Cultivation of the bacillus of leprosy and the treatment of cases by means of a vaccine prepared from the cultivations - Number 42
Disease focus: Leprosy
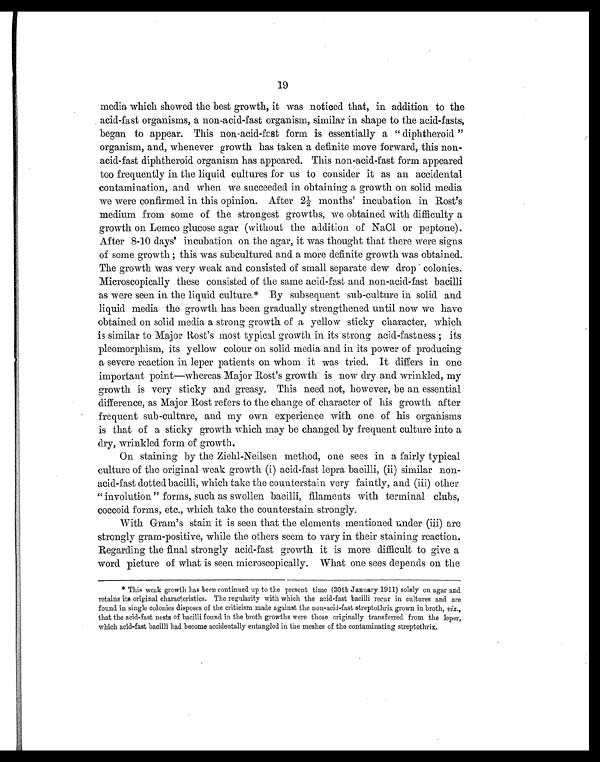
19
media which showed the best growth, it was noticed that, in addition to the
acid-fast organisms, a non-acid-fast organism, similar in shape to the acid-fasts,
began to appear. This non-acid-fast form is essentially a " diphtheroid "
organism, and, whenever growth has taken a definite move forward, this non-
acid-fast diphtheroid organism has appeared. This non-acid-fast form appeared
too frequently in the liquid cultures for us to consider it as an accidental
contamination, and when we succeeded in obtaining a growth on solid media
we were confirmed in this opinion. After 2½ months' incubation in Rost's
medium from some of the strongest growths, we obtained with difficulty a
growth on Lemco glucose agar (without the addition of NaCl or peptone).
After 8-10 days' incubation on the agar, it was thought that there were signs
of some growth ; this was subcultured and a more definite growth was obtained.
The growth was very weak and consisted of small separate dew drop colonies.
Microscopically these consisted of the same acid-fast and non-acid-fast bacilli
as were seen in the liquid culture.* By subsequent sub-culture in solid and
liquid media the growth has been gradually strengthened until now we have
obtained on solid media a strong growth of a yellow sticky character, which
is similar to Major Rost's most typical growth in its strong acid-fastness ; its
pleomorphism, its yellow colour on solid media and in its power of producing
a severe reaction in leper patients on whom it was tried. It differs in one
important point—whereas Major Rost's growth is now dry and wrinkled, my
growth is very sticky and greasy. This need not, however, be an essential
difference, as Major Rost refers to the change of character of his growth after
frequent sub-culture, and my own experience with one of his organisms
is that of a sticky growth which may be changed by frequent culture into a
dry, wrinkled form of growth.
On staining by the Ziehl-Neilsen method, one sees in a fairly typical
culture of the original weak growth (i) acid-fast lepra bacilli, (ii) similar non-
-acid-fast dotted bacilli, which take the counterstain very faintly, and (iii) other
" involution" forms, such as swollen bacilli, filaments with terminal clubs,
coccoid forms, etc., which take the counterstain strongly.
With Gram's stain it is seen that the elements mentioned under (iii) are
strongly gram-positive, while the others seem to vary in their staining reaction.
Regarding the final strongly acid-fast growth it is more difficult to give a
word picture of what is seen microscopically. What one sees depends on the
* This weak growth has been continued up to the present time (30th January 1911) solely on agar and
retains its original characteristics. The regularity with which the acid-fast bacilli recur in cultures and are
found in single colonies disposes of the criticism made against the non-acid-fast streptothrix grown in broth, viz.,
that the acid-fast nests of bacilli found in the broth growths were those originally transferred from the leper,
which acid-fast bacilli had become accidentally entangled in the meshes of the contaminating streptothrix.